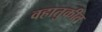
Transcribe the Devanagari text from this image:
वहातुकीत